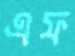
এফ